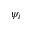
\psi _ { i }